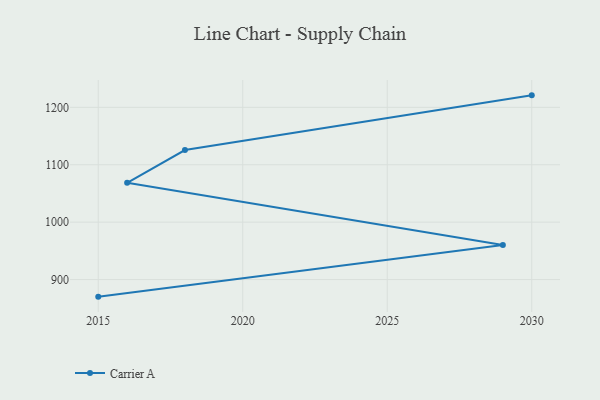
{"axis": {"x": "Year", "y": "Backlog"}, "legend": ["Carrier A"], "data": [{"x": "2015", "y": 870.2, "type": "Carrier A"}, {"x": "2029", "y": 960.2, "type": "Carrier A"}, {"x": "2016", "y": 1068.6, "type": "Carrier A"}, {"x": "2018", "y": 1125.6, "type": "Carrier A"}, {"x": "2030", "y": 1220.9, "type": "Carrier A"}]}